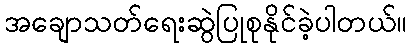
အချောသတ်ရေးဆွဲပြုစုနိုင်ခဲ့ပါတယ်။